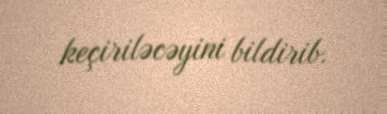
keçiriləcəyini bildirib.